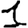
Digit: 1